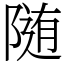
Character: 随